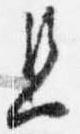
且